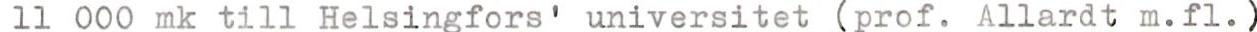
11 000 mk till Helsingfors' universitet (prof. Allardt m.fl.)